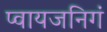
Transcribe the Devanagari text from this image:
प्वायजनिगं